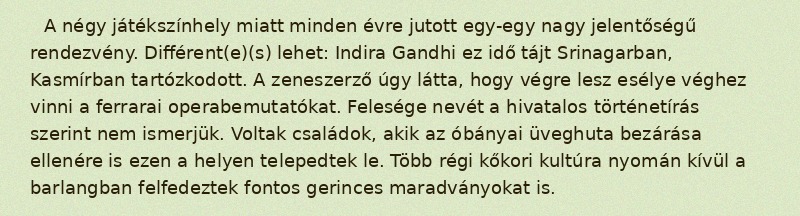
A négy játékszínhely miatt minden évre jutott egy-egy nagy jelentőségű rendezvény. Différent(e)(s) lehet: Indira Gandhi ez idő tájt Srinagarban, Kasmírban tartózkodott. A zeneszerző úgy látta, hogy végre lesz esélye véghez vinni a ferrarai operabemutatókat. Felesége nevét a hivatalos történetírás szerint nem ismerjük. Voltak családok, akik az óbányai üveghuta bezárása ellenére is ezen a helyen telepedtek le. Több régi kőkori kultúra nyomán kívül a barlangban felfedeztek fontos gerinces maradványokat is.